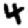
Digit: 4